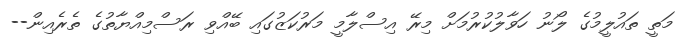
މަތީ ތައުލީމުގެ ލޯނު ހަވާލުކުރުމަށް މިރޭ އިސްލާމީ މަރުކަޒުގައި ބޭއްވި ރަސްމިއްޔާތުގެ ތެރެއިން--